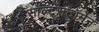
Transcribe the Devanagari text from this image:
सॉल्ट्सट्रॉमेन